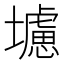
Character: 𭐁